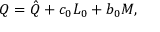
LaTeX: Q = \hat { Q } + c _ { 0 } L _ { 0 } + b _ { 0 } M ,